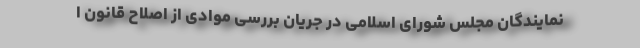
نمایندگان مجلس شورای اسلامی در جریان بررسی موادی از اصلاح قانون ا